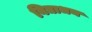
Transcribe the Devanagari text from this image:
विद्याधन